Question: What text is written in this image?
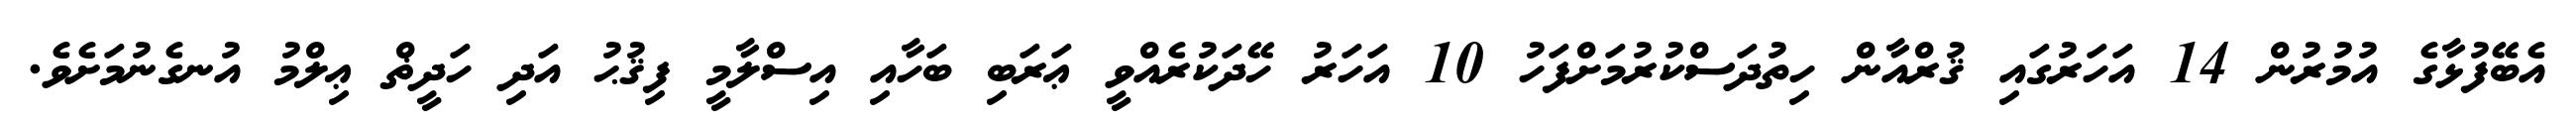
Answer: އެބޭފުޅާގެ އުމުރުން 14 އަހަރުގައި ޤުރްއާން ހިތުދަސްކުރުމަށްފަހު 10 އަހަރު ހޭދަކުރެއްވީ ޢަރަބި ބަހާއި އިސްލާމީ ފިޤުޙު އަދި ހަދީޡް ޢިލްމު އުނގެނުމަށެވެ.